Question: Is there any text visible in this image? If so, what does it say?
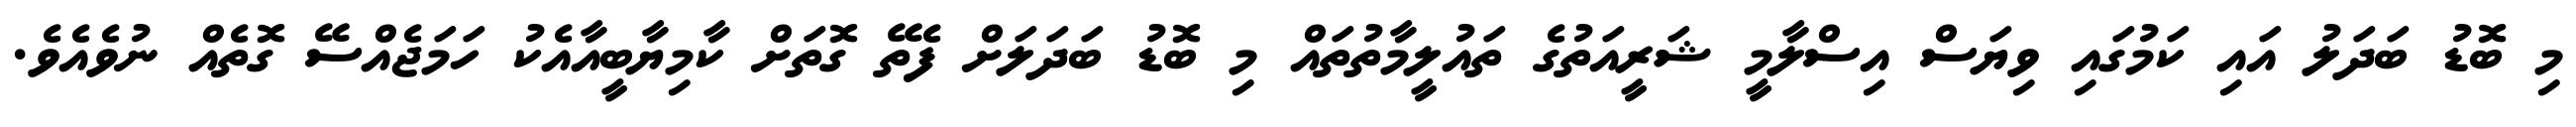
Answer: މި ބޮޑު ބަދަލު އައި ކަމުގައި ވިޔަސް އިސްލާމީ ޝަރީއަތުގެ ތައުލީމާތުތައް މި ބޮޑު ބަދަލަށް ފެތޭ ގޮތަށް ކާމިޔާބީއާއެކު ހަމަޖެއްސޭ ގޮތެއް ނުވެއެވެ.